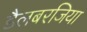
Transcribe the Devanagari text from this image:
डैलबरजिया